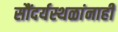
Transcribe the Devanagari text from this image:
सौंदर्यस्थळांनाही